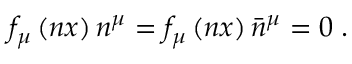
f _ { \mu } \left( n x \right) n ^ { \mu } = f _ { \mu } \left( n x \right) \bar { n } ^ { \mu } = 0 \; .